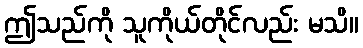
ဤသည်ကို သူကိုယ်တိုင်လည်း မသိ။